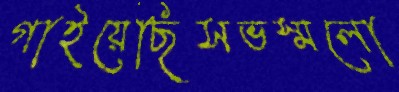
গাইয়েছিসভস্মলো